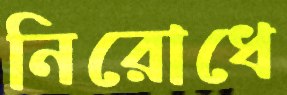
নিরোধে